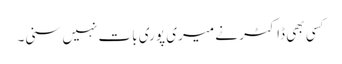
کسی بھی ڈاکٹر نے میری پوری بات نہیں سنی۔